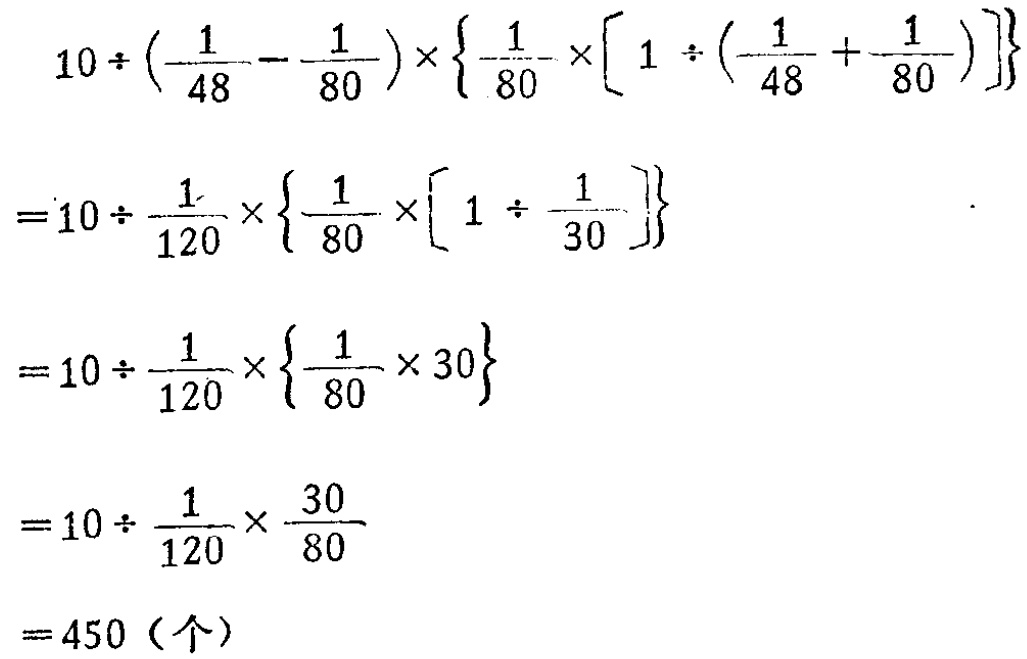
\[
\begin{align*}
&10\div(\frac{1}{48}-\frac{1}{80})\times\{\frac{1}{80}\times[1\div(\frac{1}{48}+\frac{1}{80})]\}\\
=&10\div\frac{1}{120}\times\{\frac{1}{80}\times[1\div\frac{1}{30}]\}\\
=&10\div\frac{1}{120}\times\{\frac{1}{80}\times30\}\\
=&10\div\frac{1}{120}\times\frac{30}{80}\\
=&450（个）
\end{align*}
\]